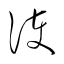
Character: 護